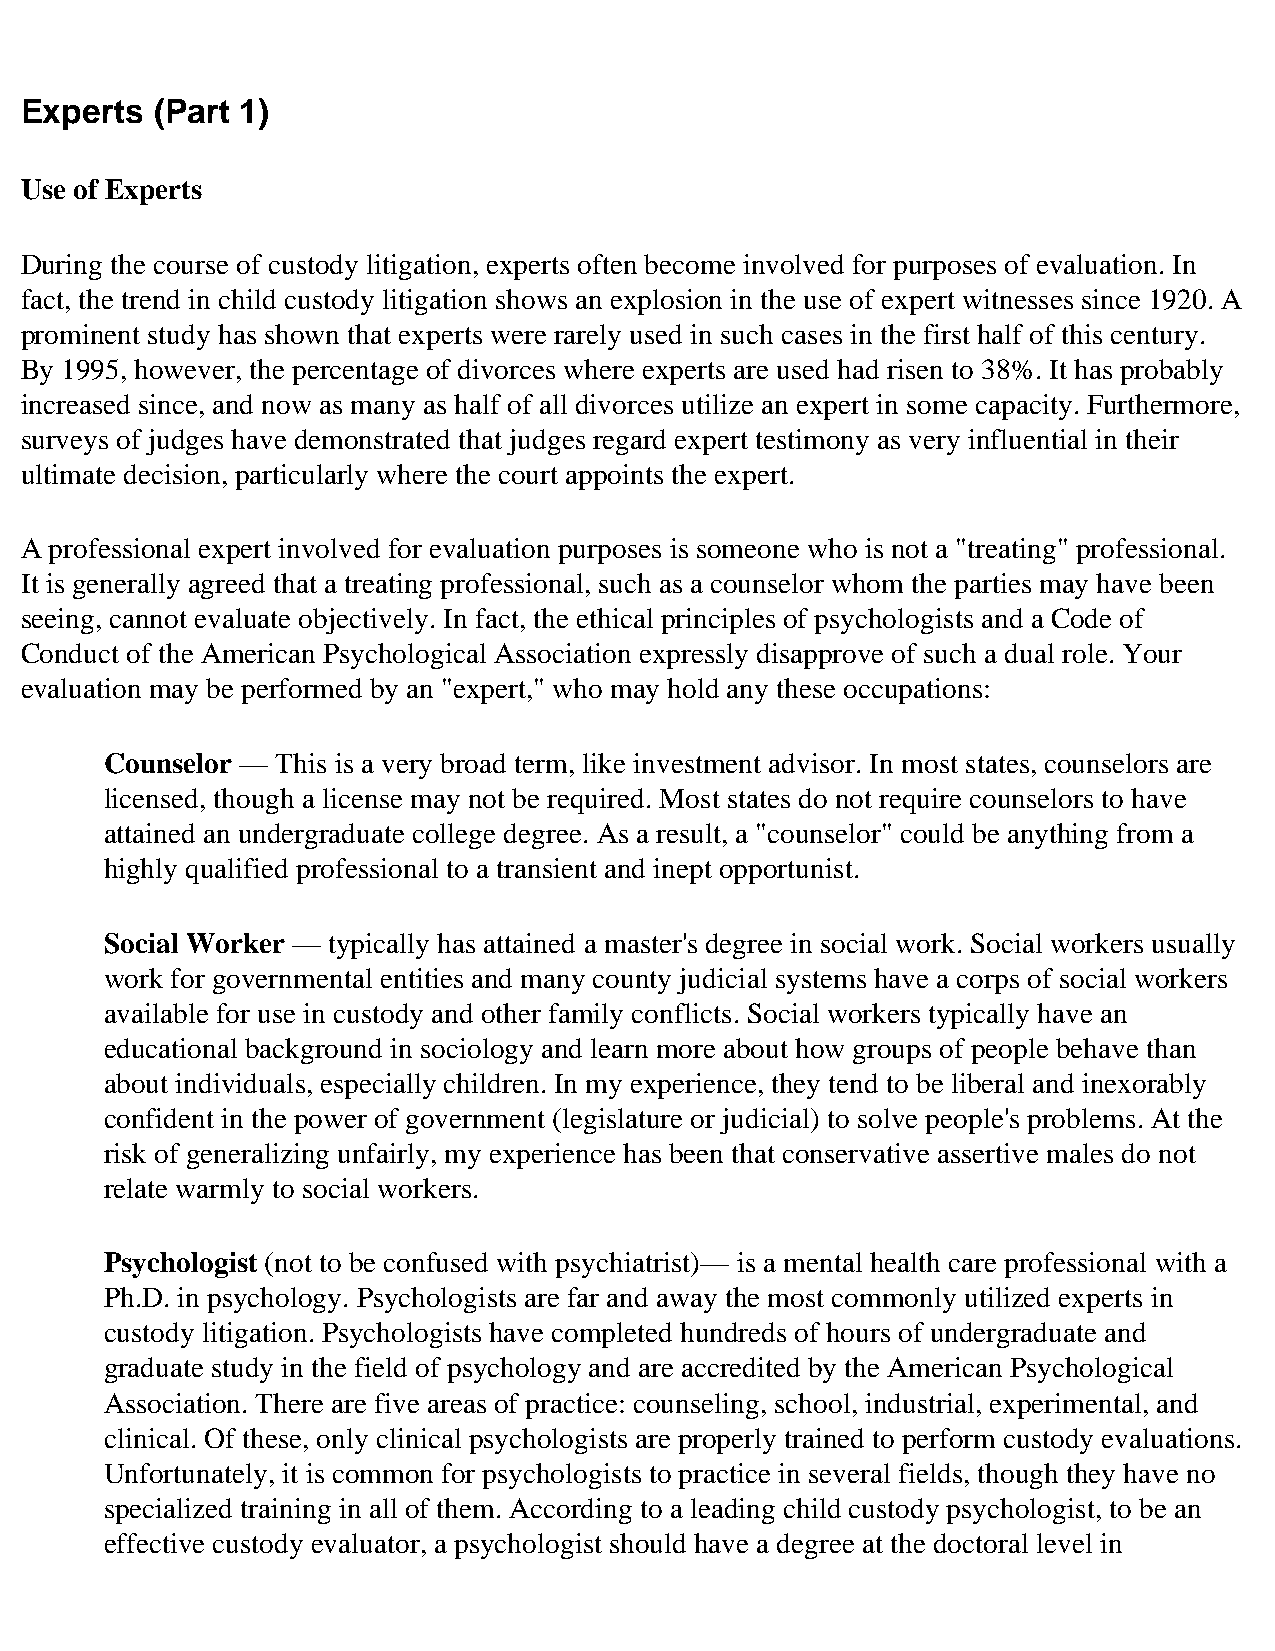
Experts  (Part 1)
 Use of Experts
 During the course of custody litigation, experts often become involved for purposes of evaluation. In
 fact, the trend in child custody litigation shows an explosion in the use of expert witnesses since 1920. A
 prominent study has shown that experts were rarely used in such cases in the first half of this century.
 By 1995, however, the percentage of divorces where experts are used had risen to 38%. It has probably
 increased since, and now as many as half of all divorces utilize an expert in some capacity. Furthermore,
 surveys of judges have demonstrated that judges regard expert testimony as very influential in their
 ultimate decision, particularly where the court appoints the expert.
 A professional expert involved for evaluation purposes is someone who is not a "treating" professional.
 It is generally agreed that a treating professional, such as a counselor whom the parties may have been
 seeing, cannot evaluate objectively. In fact, the ethical principles of psychologists and a Code of
 Conduct of the American Psychological Association expressly disapprove of such a dual role. Your
 evaluation may be performed by an "expert," who may hold any these occupations:
 Counselor — This is a very broad term, like investment advisor. In most states, counselors are
 licensed, though a license may not be required. Most states do not require counselors to have
 attained an undergraduate college degree. As a result, a "counselor" could be anything from a
 highly qualified professional to a transient and inept opportunist.
 Social Worker — typically has attained a master's degree in social work. Social workers usually
 work for governmental entities and many county judicial systems have a corps of social workers
 available for use in custody and other family conflicts. Social workers typically have an
 educational background in sociology and learn more about how groups of people behave than
 about individuals, especially children. In my experience, they tend to be liberal and inexorably
 confident in the power of government (legislature or judicial) to solve people's problems. At the
 risk of generalizing unfairly, my experience has been that conservative assertive males do not
 relate warmly to social workers.
 Psychologist (not to be confused with psychiatrist)— is a mental health care professional with a
 Ph.D. in psychology. Psychologists are far and away the most commonly utilized experts in
 custody litigation. Psychologists have completed hundreds of hours of undergraduate and
 graduate study in the field of psychology and are accredited by the American Psychological
 Association. There are five areas of practice: counseling, school, industrial, experimental, and
 clinical. Of these, only clinical psychologists are properly trained to perform custody evaluations.
 Unfortunately, it is common for psychologists to practice in several fields, though they have no
 specialized training in all of them. According to a leading child custody psychologist, to be an
 effective custody evaluator, a psychologist should have a degree at the doctoral level in